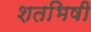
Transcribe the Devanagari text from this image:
शतभिषी